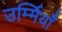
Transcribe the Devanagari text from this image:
उर्म्मियाँ